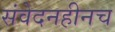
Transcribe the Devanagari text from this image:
संवेदनहीनच